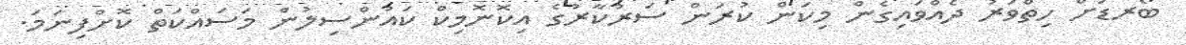
ބޯރޑަށް ހިތްވަރު ދެއްވައިގެން މިކަން ކުރަން ސަރުކާރުގެ އިކޮނޮމިކް ކައުންސިލުން މަސައްކަތް ކޮށްފިނަމަ.